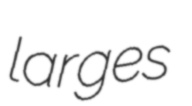
larges